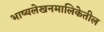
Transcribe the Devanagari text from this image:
भाष्यलेखनमालिकेतील